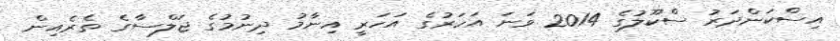
އިސްކަންދަރު ސްކޫލުގެ 2014 ވަނަ އަހަރުގެ އަހަރީ އިނާމު ދިނުމުގެ ޖަލްސާގެ ތެރެއިން